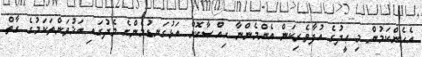
އެހެންކަމުން މި ޢީދުގެ އުފާވެރިކަން އެންމެންނާ ޙިއްޞާކޮށް އަޅުގަނޑުމެންގެ މެދުގައި އަޚުވަންތަކަމުގެ ގާތް